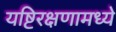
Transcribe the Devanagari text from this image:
यष्टिरक्षणामध्ये